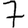
Digit: 7